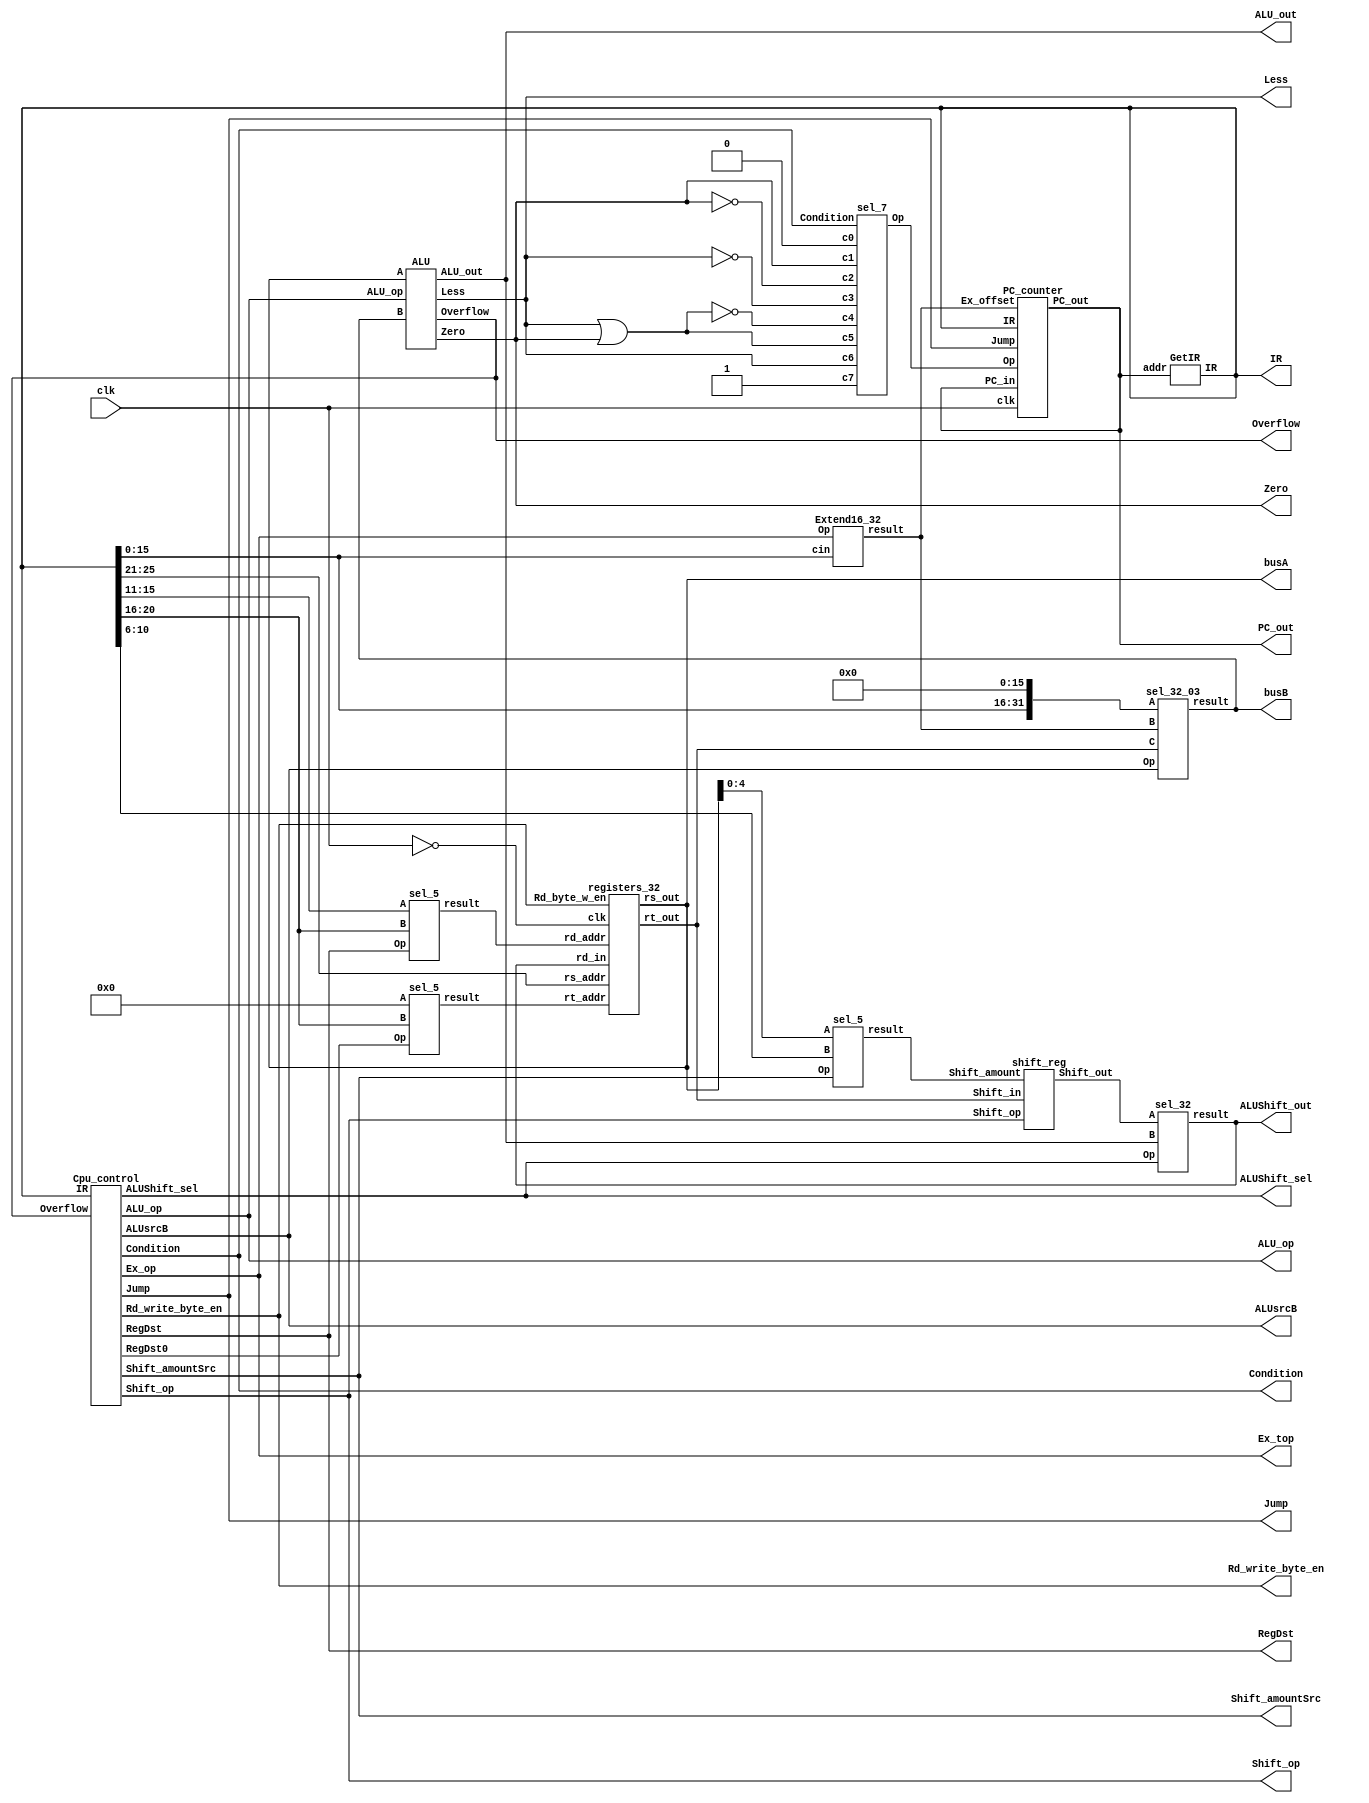
module single_cpu
(
	input clk,                      // the clk signal
	output [31:0] PC_out,           // the IR 
	output [31:0] IR,               // the instrument that we read 
	output [31:0] busA,             // the data we get from registers
	output [31:0] busB,             // the data we get from registers
	output [31:0] ALU_out,          // the result after ALU operation
	output [31:0] ALUShift_out,     // the ALU result after shift operation 
	output [3:0] Rd_write_byte_en,  //  the writen enable of the register write operation 
	output [1:0] ALUsrcB,           //  
	output Ex_top,
	output [3:0] ALU_op,
	output RegDst,
	output Shift_amountSrc,
	output ALUShift_sel,
	output [2:0] Condition,
	output [1:0] Shift_op,
	output Jump,
	output Overflow,
	output Less,
	output Zero
);
wire [4:0] Rd,Rs,Rt,Shift_amount;
wire [31:0] result,B;
wire [31:0] Ex_offset,Shift_out;
wire RegDst0,Op;
GetIR GetIR_1(PC_out,IR);
assign Rs=IR[25:21];
Cpu_control Cpu_1(IR,Jump,Shift_op,Ex_top,Shift_amountSrc,RegDst,ALU_op,ALUShift_sel,Condition,ALUsrcB,Overflow,Rd_write_byte_en,RegDst0);
sel_5 sel_5_1(IR[15:11],IR[20:16],RegDst,Rd);
sel_5 sel_5_2(5'b00000,IR[20:16],RegDst0,Rt);
registers_32 reg_32(Rs,Rt,Rd,ALUShift_out,Rd_write_byte_en,~clk,busA,B);
Extend16_32 Ext_1(IR[15:0],Ex_top,Ex_offset);
sel_32_03 sel_32_03_1({IR[15:0],16'h0000},Ex_offset,B,ALUsrcB,busB);
ALU ALU_1(busA,busB,ALU_op,ALU_out,Zero,Less,Overflow);
sel_5 sel_5_3(busA[4:0],IR[10:6],Shift_amountSrc,Shift_amount);
shift_reg shift_reg_1(B,Shift_amount,Shift_op,Shift_out);
sel_32 sel_32_2(Shift_out,ALU_out,ALUShift_sel,ALUShift_out);
sel_7 sel_7_1(1'b1,Less,Less|Zero,~(Less|Zero),~Less,~Zero,Zero,1'b0,Condition,Op);
PC_counter PC_counter_1(clk,PC_out,IR,Ex_offset,Op,Jump,PC_out);
endmodule


// Cpu_control module
module Cpu_control
(
	input [31:0] IR,
	output Jump,
	output [1:0]Shift_op,
	output Ex_op,
	output Shift_amountSrc,
	output RegDst,
	output [3:0] ALU_op,
	output ALUShift_sel,
	output [2:0] Condition,
	output [1:0] ALUsrcB,
	input Overflow,
	output [3:0] Rd_write_byte_en,
	output RegDst0
); 
wire [5:0] op;
wire [5:0] fun;
assign op=IR[31:26];
assign fun=IR[5:0];                    
assign Jump=(op==6'b000010);
assign Shift_op[1]=((op==6'b000000)&((fun==6'b000111)|(fun==6'b000010)));
assign Shift_op[0]=((op==6'b000000)&(fun==6'b000010));
assign Ex_op=((op==6'b000001)|(op==6'b001000)|(op==6'b001010));
assign Shift_amountSrc=((op==6'b000000)&&(fun==6'b000111));
assign RegDst=((op==6'b000000)|(op==6'b011100)|(op==6'b011111));
assign ALU_op[3]=(((op==6'b000000)&((fun==6'b100000)|(fun==6'b100010)))|(op==6'b001000)|(op==6'b001110)|(op==6'b011111));
assign ALU_op[2]=(((op==6'b000000)&((fun==6'b100000)|(fun==6'b100010)|(fun==6'b101011)))|(op==6'b001000)|(op==6'b001010));
assign ALU_op[1]=(((op==6'b000000)&((fun==6'b100000)|(fun==6'b100010)|(fun==6'b101011)))|(op==6'b001000)|(op==6'b011100)|(op==6'b011111));
assign ALU_op[0]=(((op==6'b000000)&((fun==6'b100011)|(fun==6'b101011)|(fun==6'b100010)))|(op==6'b000001)|(op==6'b001010)|(op==6'b001110)|((op==6'b011100)&(fun==6'b100001)));
assign ALUShift_sel=((op==6'b000000)&((fun==6'b000111)|(fun==6'b000010)));
assign Condition[2]=1'b0;
assign Condition[1]=(op==6'b000001);
assign Condition[0]=(op==6'b000001);
assign ALUsrcB[1]=(op==6'b001111);
assign ALUsrcB[0]=((op==6'b001000)|(op==6'b001001)|(op==6'b001010)|(op==6'b001110));
assign Rd_write_byte_en[3]=~((Overflow==1'b0)|(~(((op==6'b000000)&((fun==6'b100000)|(fun==6'b100010)))|(op==6'b000001)|(op==6'b000010)|(op==6'b001000))));
assign Rd_write_byte_en[2]=~((Overflow==1'b0)|(~(((op==6'b000000)&((fun==6'b100000)|(fun==6'b100010)))|(op==6'b000001)|(op==6'b000010)|(op==6'b001000))));
assign Rd_write_byte_en[1]=~((Overflow==1'b0)|(~(((op==6'b000000)&((fun==6'b100000)|(fun==6'b100010)))|(op==6'b000001)|(op==6'b000010)|(op==6'b001000))));
assign Rd_write_byte_en[0]=~((Overflow==1'b0)|(~(((op==6'b000000)&((fun==6'b100000)|(fun==6'b100010)))|(op==6'b000001)|(op==6'b000010)|(op==6'b001000))));
assign RegDst0=(op==6'b000001);
endmodule
// get the Instrument 
module GetIR
(
	input [31:0] addr,   //the address of the IR that we want 
	output [31:0] IR     // store the IR
);
reg [7:0] inst[75:0];
initial
begin
	{inst[3],inst[2],inst[1],inst[0]} = 32'b00000000001000100010100000100000;       //add       R5 = R1+R2
	{inst[7],inst[6],inst[5],inst[4]} = 32'b00000000100000110011000000100000;       //add       R6 = R4+R3
	{inst[11],inst[10],inst[9],inst[8]} = 32'b00100000101001110110011100101010;     //addi      R7 = R5+16'b0110011100101010;
	{inst[15],inst[14],inst[13],inst[12]} = 32'b00100100111010000111001010110011;   //addiu     R8 = R7+16'b0111001010110011;
	{inst[19],inst[18],inst[17],inst[16]} = 32'b00000001000000100100100000100010;   //sub       R9 = R8-R2
	{inst[23],inst[22],inst[21],inst[20]} = 32'b00000001001000010101000000100010;   //sub       R10 = R9-R1
	{inst[27],inst[26],inst[25],inst[24]} = 32'b00000001001010100101100000100011;   //subu      R11 = R9-R10
	{inst[31],inst[30],inst[29],inst[28]} = 32'b01111100000010110110010000100000;   //seb       R12 = (R11[7:0]kuozhan)
	{inst[35],inst[34],inst[33],inst[32]} = 32'b00111100000011010111100011001011;   //lui       R13 = 16'b0111100011001011||16'h0000;
	{inst[39],inst[38],inst[37],inst[36]} = 32'b00111001100011101101010101011101;   //xori      R14 = R12^1101010101011101
	{inst[43],inst[42],inst[41],inst[40]} = 32'b01110001101000000111100000100000;   //clz       R15 = clz R13
	{inst[47],inst[46],inst[45],inst[44]} = 32'b01110001110000001000000000100001;   //clo       R16 = clo R14
	{inst[51],inst[50],inst[49],inst[48]} = 32'b00000001111000101000100000000111;   //srav      R17 = r2 >> r15;
	{inst[55],inst[54],inst[53],inst[52]} = 32'b00000000001000011001001010000010;   //rotr      R18 = R1[sa-1:0]||R1[31:sa]
	{inst[59],inst[58],inst[57],inst[56]} = 32'b00000000001000101001100000101011;   //sltu      R19 = R1<R2
	{inst[63],inst[62],inst[61],inst[60]} = 32'b00101000001101000111111111111111;   //slti      R20 = R1<16'b0111111111111111
	{inst[67],inst[66],inst[65],inst[64]} = 32'b00001000000000000000000000010010;   //j   18
	{inst[71],inst[70],inst[69],inst[68]} = 32'b00000000001000100001100000100000;   //add       R3 = R1+R2
	{inst[75],inst[74],inst[73],inst[72]} = 32'b00000100011000010000000000000111;   //bgez      if R3>0 then PC=PC+18'b000000000000011100
end
assign IR={inst[addr+3],inst[addr+2],inst[addr+1],inst[addr]};
endmodule 

// to calculate PC
module PC_counter
(	
	input clk,
	input [31:0] PC_in,
	input [31:0] IR,
	input [31:0] Ex_offset,
	input Op,
	input Jump,
	output reg [31:0] PC_out
);
initial 
begin
	PC_out=32'h00000000;
end 
reg [31:0] D_out;
reg [31:0] PC;
always @ (posedge clk)
begin
	PC=PC_in+4;
	if (Op==0&&Jump==0)
		PC_out=PC;
	else
	if (Jump==1)
		PC_out={PC[31:28],IR[25:0],2'b00};
	else
		PC_out=PC+{Ex_offset[29:0],2'b00};
end 
endmodule

//select module 
module sel_5   // five bits selecter
(
	input [4:0] A,
	input [4:0] B,
	input Op,
	output reg [4:0] result
);
always @ (A or B or Op)
	if (Op) result=A;
	else result=B;
endmodule 

module sel_32  // 32 bits selecter
(
	input [31:0] A,
	input [31:0] B,
	input Op,
	output reg [31:0] result
);
always @ (Op or A or B)
	if (Op) result=A;
	else result=B;
endmodule

module sel_32_03
(
	input [31:0] A,
	input [31:0] B,
	input [31:0] C,
	input [1:0] Op,
	output reg [31:0] result
);
always @ (*)
begin
	case (Op)
		2'b10: result=A;
		2'b01: result=B;
		2'b00: result=C;
		2'b11: result=C;
	endcase
end

endmodule
module sel_7  // 7 choose 1
(
	input c7,
	input c6,
	input c5,
	input c4,
	input c3,
	input c2,
	input c1,
	input c0,
	input [2:0] Condition,
	output reg Op
);
always @(*)
begin
	case (Condition[2:0])
		3'b000: Op=c0;
		3'b001: Op=c1;
		3'b010: Op=c2;
		3'b011: Op=c3;
		3'b100: Op=c4;
		3'b101: Op=c5;
		3'b110: Op=c6;
		3'b111: Op=c7;
	endcase 
end
endmodule
//Extend 16bits to 32bits
module Extend16_32
(
	input [15:0] cin,  // the 16 bits data that we want to extend
	input Op,          
	output reg [31:0] result  // the 32bits data after we extend
);
always @ (*)
	if (Op&&cin[15]) result=32'hffff0000|cin;
	else result=32'h0000ffff&cin;
endmodule



//registers group module 
module registers_32
#(parameter data_width=32,parameter addr_width=5)
(
    input [addr_width-1:0] rs_addr,rt_addr,rd_addr,  //the addresses of write and read
    input [data_width-1:0] rd_in,  //32 bits data that need to be input
    input [3:0] Rd_byte_w_en,  //write enable
    input clk,  //the clock
    output [data_width-1:0] rs_out,rt_out  //32 bits data to be output
);

reg [data_width-1:0] register[2**addr_width-1:0];  // the register group

integer i;
initial
begin
		for (i=0; i<32; i=i+1)
			register[i] = i;
		register[1] = 32'b11111010101011000000101100110101;
		register[2] = 32'b00000001010101010010001111010111;
		register[3] = 32'b01110010101001000010101100100101;
		register[4] = 32'b01001001010100010001001101010111; 
	
	/*register[1]=32'h93479873; register[2]=32'h93479873; register[3]=32'h93479873; register[4]=32'h93479873;
	register[5]=32'h93479873; register[6]=32'h93479873; register[7]=32'h93479873; register[8]=32'h93479873;
	register[9]=32'h93479873; register[10]=32'h93479873; register[11]=32'h93479873; register[12]=32'h93479873;
	register[13]=32'h93479873; register[14]=32'h93479873; register[15]=32'h93479873; register[16]=32'h93479873;
	register[17]=32'h93479873; register[18]=32'h93479873; register[19]=32'h93479873; register[20]=32'h93479873;
	register[21]=32'h93479873; register[22]=32'h93479873; register[23]=32'h93479873; register[24]=32'h93479873;
	register[25]=32'h93479873; register[26]=32'h93479873; register[27]=32'h93479873; register[28]=32'h93479873;
	register[29]=32'h93479873; register[30]=32'h93479873; register[31]=32'h93479873; */
end
always @ (posedge clk)
begin
	 register[0]=32'b0;
    if (rd_addr!=0)
    begin
        if (Rd_byte_w_en[0]==0) register[rd_addr][7:0]<=rd_in[7:0]; //write in lower 8 bits
        if (Rd_byte_w_en[1]==0) register[rd_addr][15:8]<=rd_in[15:8]; //write in mid lower 8 bits
        if (Rd_byte_w_en[2]==0) register[rd_addr][23:16]<=rd_in[23:16]; //write in mid higher 8 bits
        if (Rd_byte_w_en[3]==0) register[rd_addr][31:24]<=rd_in[31:24]; //write in higher 8 bits
    end
end

assign   rs_out=register[rs_addr];  //read from rs_addr
assign   rt_out=register[rt_addr];  //read from rt_addr 
endmodule

// the shift bits registers 
module shift_reg
(
	input [31:0] Shift_in, // the input data that we want to shif_in
	input [4:0] Shift_amount, // the amount that we want to shift the data
	input [1:0] Shift_op,   // choose which style that we want to shift
	output reg [31:0] Shift_out // the data that after we shift
);
integer i;
always @ (*)
begin
	case (Shift_op)
		2'b00:
				begin
					Shift_out=Shift_in<<Shift_amount;  //logic left shift
				end
		2'b01:
				begin
					Shift_out=Shift_in>>Shift_amount;  // logic right shift
				end
		2'b10:
				begin
					for (i=31; i>=0; i=i-1)
					begin
						if (i>31-Shift_amount)
							Shift_out[i]=Shift_in[31];
						else
							Shift_out[i]=Shift_in[i+Shift_amount];  // algebra right shift
					end
				end
		2'b11:
				begin
					for (i=31; i>=0; i=i-1)
					begin
						if (i>31-Shift_amount)
							Shift_out[i]=Shift_in[i-32+Shift_amount];
						else
							Shift_out[i]=Shift_in[i+Shift_amount];  // circle right shift 
					end
				end
	endcase
end
endmodule 


//ALU module 
module ALU
(
	input [31:0] A, // the operate data A
	input [31:0] B, // the operate data B
	input [3:0] ALU_op, // the control logic
	output reg [31:0] ALU_out, // the final data to output accoring the operation
	output reg Zero,  // the flag zero
	output reg Less,  // the flag Less
	output reg Overflow // the flag overflow 
);
reg [2:0] ALU_ctr;
reg [31:0] register,tempA,tempB;
reg Carry,Negative;
integer i,j;
reg k;
always @ (*)
begin
	ALU_ctr[2]=((~ALU_op[3])&(~ALU_op[1]))|((~ALU_op[3])&(ALU_op[2])&(ALU_op[0]))|((ALU_op[3])&(ALU_op[1]));
	ALU_ctr[1]=((~ALU_op[3])&(~ALU_op[2])&(~ALU_op[1]))|((ALU_op[3])&(~ALU_op[2])&(~ALU_op[0]))|((ALU_op[2])&(ALU_op[1])&(~ALU_op[0]))|((ALU_op[3])&(ALU_op[1]));
	ALU_ctr[0]=((~ALU_op[2])&(~ALU_op[1]))|((~ALU_op[3])&(ALU_op[2])&(ALU_op[0]))|((ALU_op[3])&(ALU_op[2])&(ALU_op[1]));
	// calculate the control numbers
	tempA=A; tempB=B; // 
	if (ALU_op[0]) tempB=~tempB;   // if it is the sub operation, we need to reverse
	{Carry,register}=tempA+tempB+ALU_op[0];  // to calculate the ALU_out
	Zero=(register==32'h00000000)?1'b1:1'b0;  // to judge if it is zero 
	Negative=(register[31])?1'b1:1'b0;   // to calculate whether the output is negative
	Overflow=((~tempA[31])&(~tempB[31])&register[31])|(tempA[31]&tempB[31]&(~register[31]));  // calculate the overflow
	Less=(ALU_op==4'b0111)?(~Carry):(Overflow^Negative);   //calculate whether it is less or more
	case (ALU_ctr)
		3'b000: // calculate the leading zero or the leading 1's
			begin
				if (ALU_op[0])
					tempA=~tempA;
				j=0; k=0;
				for (i=31; i>=0; i=i-1)
				begin
					if (tempA[i]==0&&k==0)
					begin 
						j=j+1;
					end 
					else k=1;
				end
				ALU_out=j;
			end
		3'b001:  // operation xor
			begin
				ALU_out=A^B;
			end
		3'b010:   // operation or 
			begin
				ALU_out=A|B;
			end
		3'b011:  // operation not or 
			begin
				ALU_out=~(A|B);
			end
		3'b100:  // operation and 
			begin
				ALU_out=A&B;
			end
		3'b101: // operation slt or sltu
			begin
				ALU_out=(Less)?32'h00000001:32'h00000000;
			end
		3'b110:  // operation seb or seh
			begin
				if (ALU_op[0])
				begin
					if (B[15])
					ALU_out={16'hffff,B[15:0]};
					else
					ALU_out={16'h0000,B[15:0]};
				end
				else
				begin
					if (B[7])
					ALU_out={24'hffffff,B[7:0]};
					else
					ALU_out={24'h000000,B[7:0]};
				end
			end
		3'b111:  // operation on add or sub
			begin
				ALU_out=register;
				Overflow=(ALU_op[1]&ALU_op[2]&ALU_op[3])?Overflow:1'b0;
			end 
	endcase
end 
endmodule